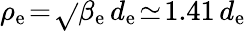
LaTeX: \rho_{\mathrm{e}}\! =\! \sqrt{}{{\beta_{\mathrm{e}}}}\, d_{\mathrm{e}}\! \simeq\! 1.41\, d_{\mathrm{e}}